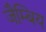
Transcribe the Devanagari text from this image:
जैम्बिय